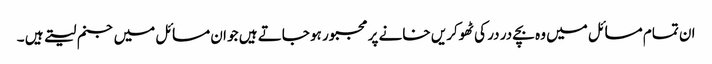
ان تمام مسائل میں وہ بچے در در کی ٹھوکریں خانے پر مجبور ہو جاتے ہیں جو ان مسائل میں جنم لیتے ہیں ۔